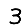
Digit: 3